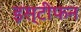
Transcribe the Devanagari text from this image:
इस्टीफन